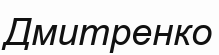
Дмитренко